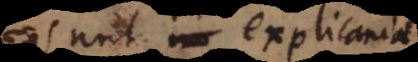
sunt explicanda